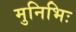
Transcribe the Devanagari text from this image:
मुनिभिः